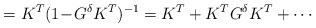
LaTeX: \begin{align*}=K^T(1\!-\!G^{\delta}K^T)^{-1}=K^T+K^TG^{\delta}K^T+\cdots\end{align*}